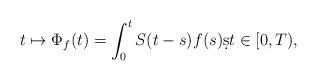
LaTeX: \begin{align*} t \mapsto \Phi_f(t)= \int_{0}^t S(t-s)f(s)\d s t \in [0,T),\end{align*}